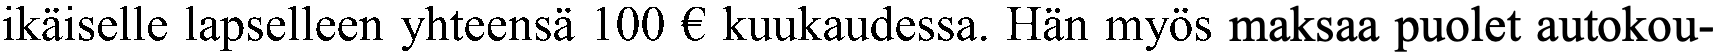
ikäiselle lapselleen yhteensä 100 € kuukaudessa. Hän myös maksaa puolet autokou-